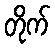
တိုက်